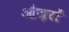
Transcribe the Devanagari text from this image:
औज़रों